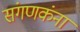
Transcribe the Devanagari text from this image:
संगणकंना